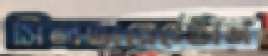
সিলভারেস্টোন